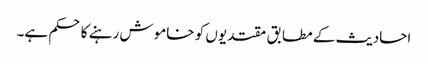
احادیث کے مطابق مقتدیوں کو خاموش رہنے کا حکم ہے۔